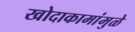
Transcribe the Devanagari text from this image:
खोदाकामांमुळे